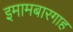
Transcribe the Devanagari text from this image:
इमामबारगाह